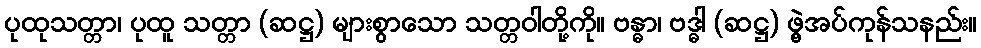
ပုထုသတ္တာ၊ ပုထူ သတ္တာ (ဆဋ္ဌ) များစွာသော သတ္တဝါတို့ကို။ ဗန္ဓာ၊ ဗဒ္ဓါ (ဆဋ္ဌ) ဖွဲ့အပ်ကုန်သနည်း။